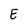
Character: E